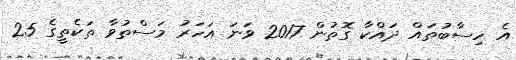
އެ ހިސާބުތައް ދައްކާ ގޮތުން 2017 ވަނަ އަހަރު މަސްތުވާ ތަކެތީގެ 25